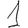
Digit: 1